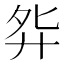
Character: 𫸘